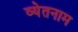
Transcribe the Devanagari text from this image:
व्येतनाम